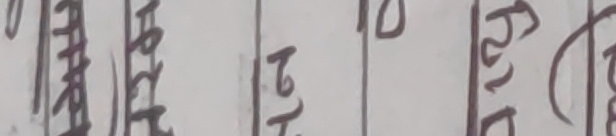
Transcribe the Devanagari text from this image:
भाष्ती २१।